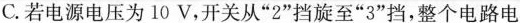
C.若电源电压为10V，开关从”2”挡旋至”3”挡，整个电路电